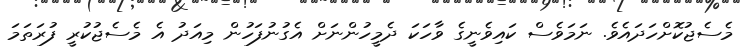
މެސެޖުކޮށްހަދައެވެ. ނަމަވެސް ކައިވެނީގެ ވާހަކަ ދެމީހުންނަށް އެގުނުފަހުން މިއަދު އެ މެސެޖުކުރީ ފުރަތަމަ